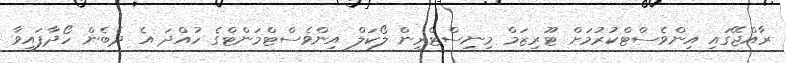
ރާއްޖޭގައި އިންވެސްޓްކުރުމަށް ޓޫރިޒަމް މިނިސްޓްރީން ލޯކަލް އިންވެސްޓްމަންޓްގެ ހުއްދަ އެ ދެބެން ހޯދާފައިވާ